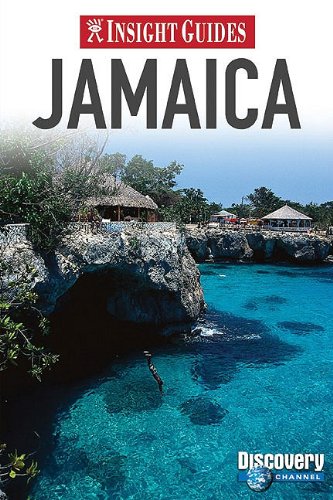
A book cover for Jamaica (Insight Guides); Insight Guides; Travel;